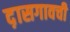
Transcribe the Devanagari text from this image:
द़ासगावची